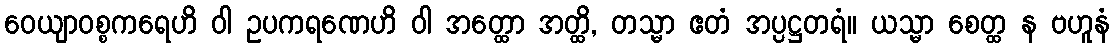
ဝေယျာဝစ္စကရေဟိ ဝါ ဥပကရဏေဟိ ဝါ အတ္ထော အတ္ထိ, တသ္မာ ဧတံ အပ္ပဋ္ဌတရံ။ ယသ္မာ စေတ္ထ န ဗဟူနံ